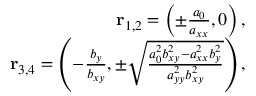
\begin{array} { r l r } & { } & { \mathbf { r } _ { 1 , 2 } = \left( \pm \frac { a _ { 0 } } { a _ { x x } } , 0 \right) , } \\ & { } & { \mathbf { r } _ { 3 , 4 } = \left( - \frac { b _ { y } } { b _ { x y } } , \pm \sqrt { \frac { a _ { 0 } ^ { 2 } b _ { x y } ^ { 2 } - a _ { x x } ^ { 2 } b _ { y } ^ { 2 } } { a _ { y y } ^ { 2 } b _ { x y } ^ { 2 } } } \right) , } \end{array}